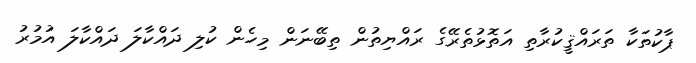
ޕާކުތަކާ ތަރައްޤީކުރާތި އަތޮޅުތެރޭގެ ރައްޔިތުން ތިބޭނަން މިހެން ކުލި ދައްކާލަ ދައްކާލަ އުމުރު